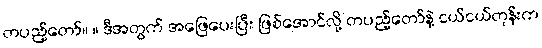
တပည့်တော်။ ။ ဒီအတွက် အဖြေပေးပြီး ဖြစ်အောင်လို့ တပည့်တော်နဲ့ ငယ်ငယ်တုန်းက